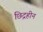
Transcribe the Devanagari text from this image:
छिद्रहीन